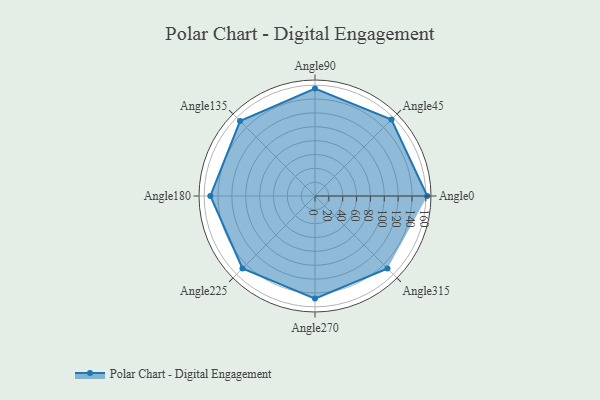
{"axis": {"x": "Angle", "y": "Radius"}, "legend": [""], "data": [{"x": "Angle0", "y": 162.0, "type": ""}, {"x": "Angle45", "y": 156.0, "type": ""}, {"x": "Angle90", "y": 155.0, "type": ""}, {"x": "Angle135", "y": 153.0, "type": ""}, {"x": "Angle180", "y": 151.0, "type": ""}, {"x": "Angle225", "y": 148.0, "type": ""}, {"x": "Angle270", "y": 148.0, "type": ""}, {"x": "Angle315", "y": 148.0, "type": ""}]}